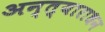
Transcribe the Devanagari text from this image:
अन्त्याराधन